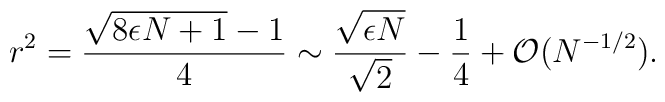
r^2 = \frac{\sqrt{8 \epsilon N + 1}-1}{4}  \sim\frac{ \sqrt{\epsilon N}}{ \sqrt{2}}  -\frac{1}{4}  +{\cal O} (N^{-1/2}).